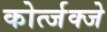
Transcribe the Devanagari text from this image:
कोर्त्जक्जे